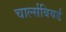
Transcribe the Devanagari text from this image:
चार्ल्सबियर्ड